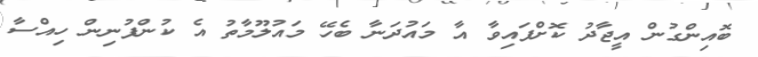
ބޮއިންގުން އީޖާދު ކޮށްފައިވާ އާ މައުދަނާ ބެހޭ މައުލޫމާތު އެ ކުންފުނިން ހިއްސާ